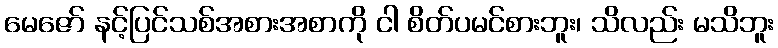
မေဇော် နင့်ပြင်သစ်အစားအစာကို ငါ စိတ်ပမင်စားဘူး၊ သိလည်း မသိဘူး